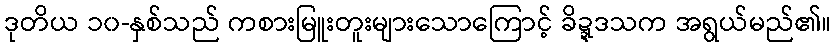
ဒုတိယ ၁၀-နှစ်သည် ကစားမြူးတူးများသောကြောင့် ခိဍ္ဍဒသက အရွယ်မည်၏။